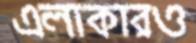
এলাকারও